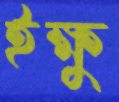
ইক্ষু